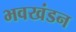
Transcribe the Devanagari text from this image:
भवखंडन